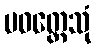
ပဝတ္တေသုံ